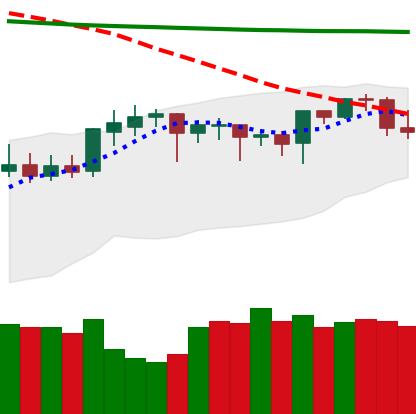
Ticker: DOGE-USD
Chart end date: 2020-04-21
Forward return: 22.222%
Label: up_7plus